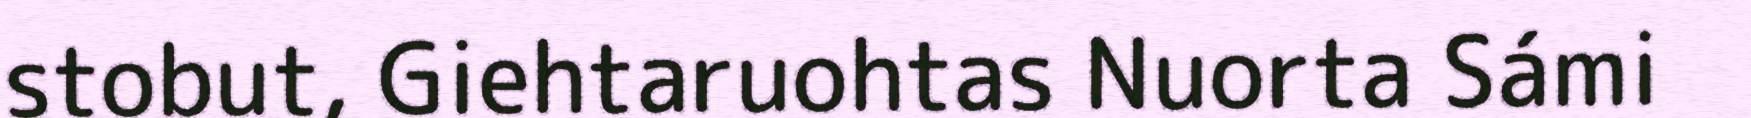
stobut, Giehtaruohtas Nuorta Sámi